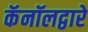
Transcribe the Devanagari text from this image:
कॅनॉलद्वारे